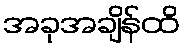
အခုအချိန်ထိ